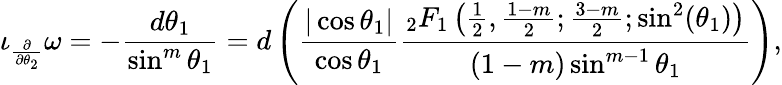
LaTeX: \iota_{\frac{\partial}{\partial\theta_{2}}}\omega=-\frac{d\theta_{1}}{\sin^{m}\theta_{1}}=d\left(\frac{|\cos\theta_{1}|}{\cos\theta_{1}}\frac{_2F_{1}\left(\frac{1}{2},\frac{1-m}{2};\frac{3-m}{2};\sin^{2}(\theta_{1})\right)}{(1-m)\sin^{m-1}\theta_{1}}\right),